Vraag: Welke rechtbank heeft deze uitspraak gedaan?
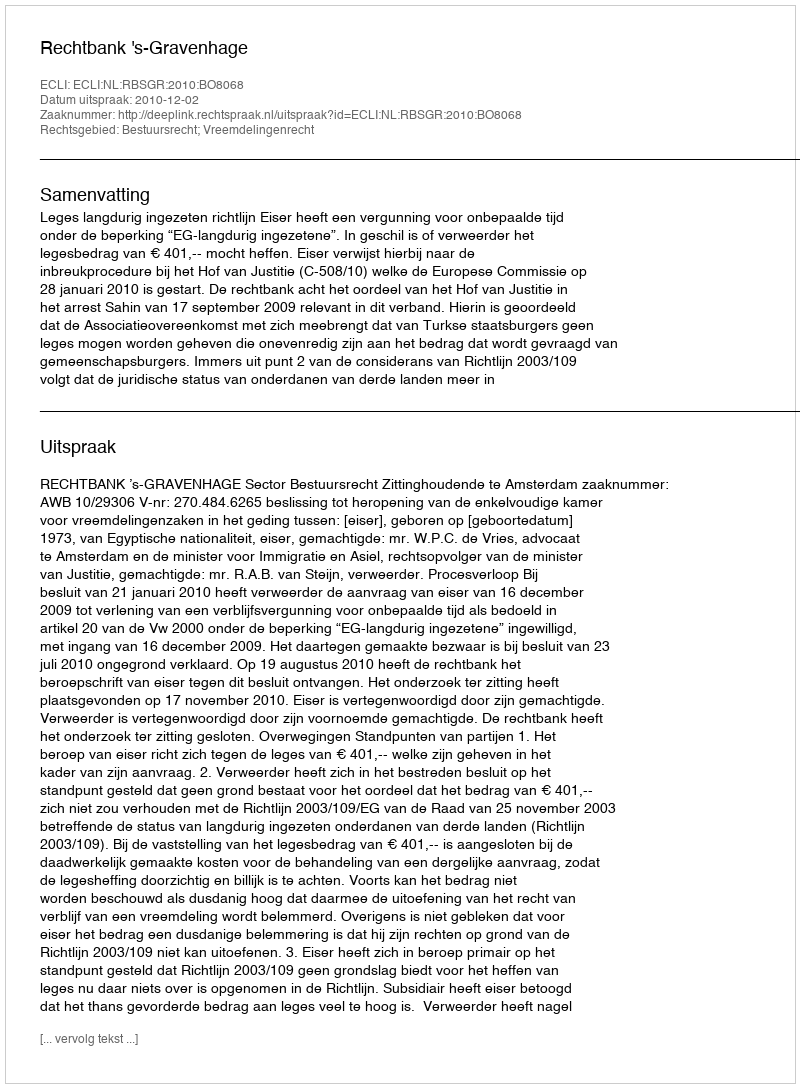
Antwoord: Rechtbank 's-Gravenhage